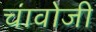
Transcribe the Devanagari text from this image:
चावोजी